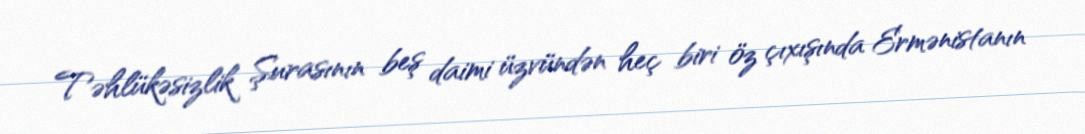
Təhlükəsizlik Şurasının beş daimi üzvündən heç biri öz çıxışında Ermənistanın